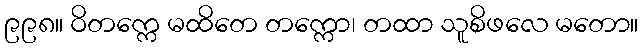
၉၉၈။ ဝိတက္ကေ မထိတေ တက္ကော၊ တထာ သူစိဖလေ မတော။